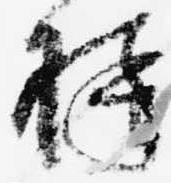
様